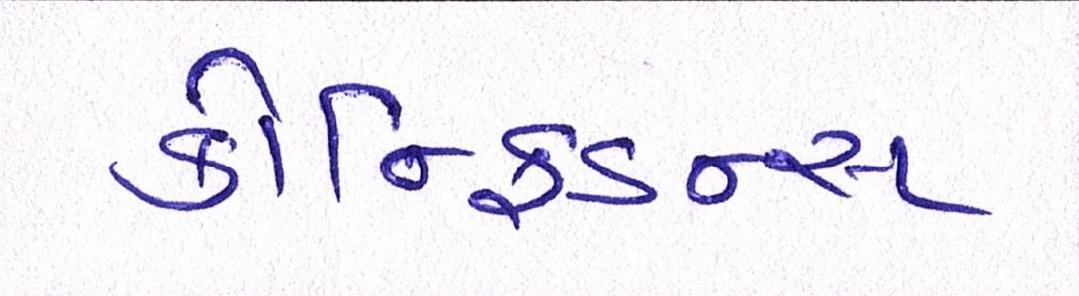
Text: કોન્ફિડન્સ